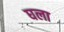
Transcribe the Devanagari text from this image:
घला